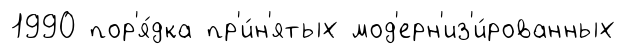
1990 пор'я́дка пр'и́н'ятых мод'ерн'из'и́рованных